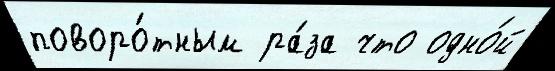
поворо́тным ра́за что одно́й